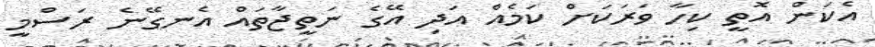
އެކަން އޮތީ ކިހާ ވަރަކަށް ކަމެއް އަދި އޭގެ ނަތީޖާތައް އެނގޭނެ ރަސްމީ